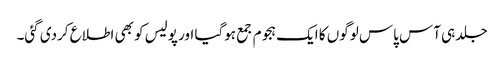
جلد ہی آس پاس لوگوں کا ایک ہجوم جمع ہوگیا اور پولیس کو بھی اطلاع کردی گئی۔